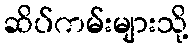
ဆိပ်ကမ်းများသို့